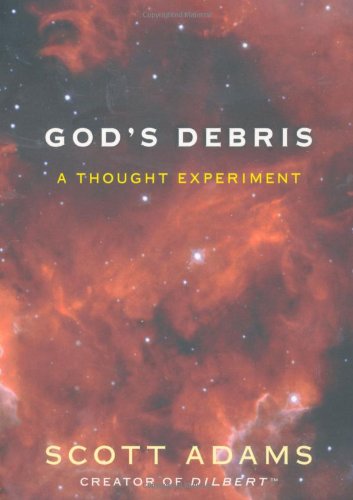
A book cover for God's Debris: A Thought Experiment; Scott Adams; Religion & Spirituality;